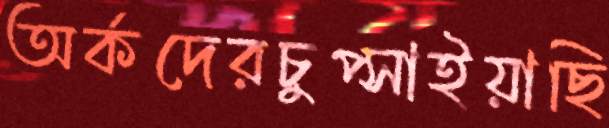
অর্কদেরচুপ্‌সাইয়াছি